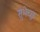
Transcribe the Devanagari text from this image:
सुभेच्छु